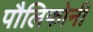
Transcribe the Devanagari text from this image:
पौलिफोनी